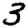
Digit: 3